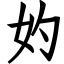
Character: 妁